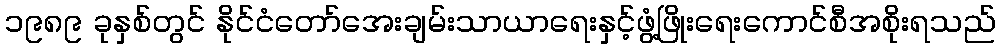
၁၉၈၉ ခုနှစ်တွင် နိုင်ငံတော်အေးချမ်းသာယာရေးနှင့်ဖွံ့ဖြိုးရေးကောင်စီအစိုးရသည်